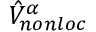
\hat { V } _ { n o n l o c } ^ { \alpha }